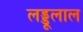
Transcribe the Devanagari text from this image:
लड्डूलाल